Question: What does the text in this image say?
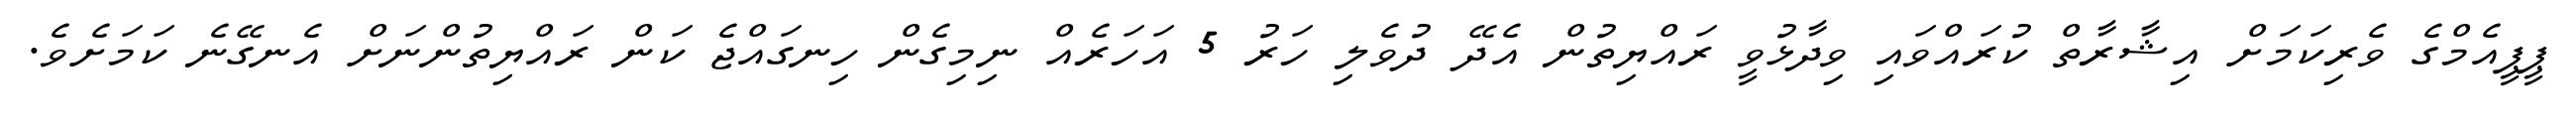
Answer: ޕީޕީއެމްގެ ވެރިކަމަށް އިޝާރާތް ކުރައްވައި ވިދާޅުވީ ރައްޔިތުން އެދޭ ދުވެލި ހަރު 5 އަހަރެއް ނިމިގެން ހިނގައްޖެ ކަން ރައްޔިތުންނަށް އެނގޭނެ ކަމަށެވެ.